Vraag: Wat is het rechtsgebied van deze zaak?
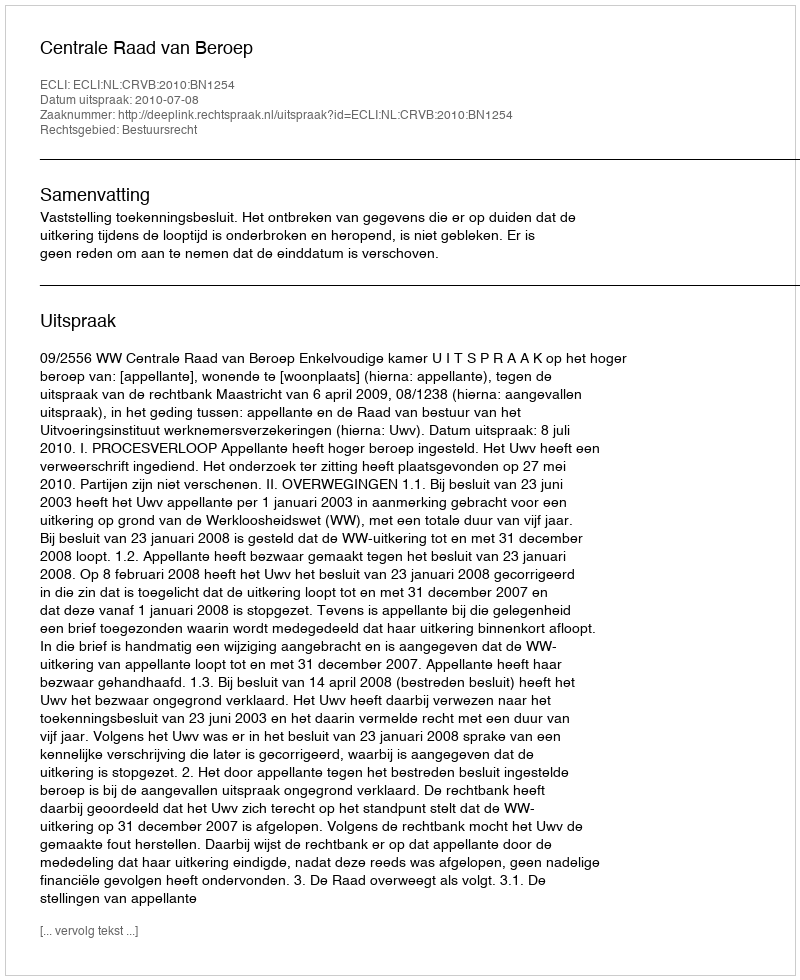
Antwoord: Bestuursrecht